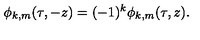
\phi _ { k , m } ( \tau , - z ) = ( - 1 ) ^ { k } \phi _ { k , m } ( \tau , z ) .